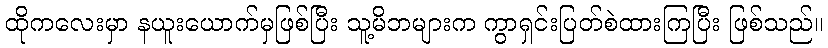
ထိုကလေးမှာ နယူးယောက်မှဖြစ်ပြီး သူ့မိဘများက ကွာရှင်းပြတ်စဲထားကြပြီး ဖြစ်သည်။